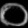
Digit: ၀